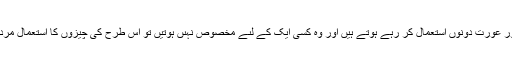
بعض چىزىں ایسی ہوتى ہىں کہ جو مَرد اور عورت دونوں اِستعمال کر رہے ہوتے ہیں اور وہ کسی ایک کے لىے مَخصُوص نہىں ہوتیں تو اس طرح کی چیزوں کا اِستعمال مَرد و عورت دونوں کے لىے جائز ہوتا ہے ۔